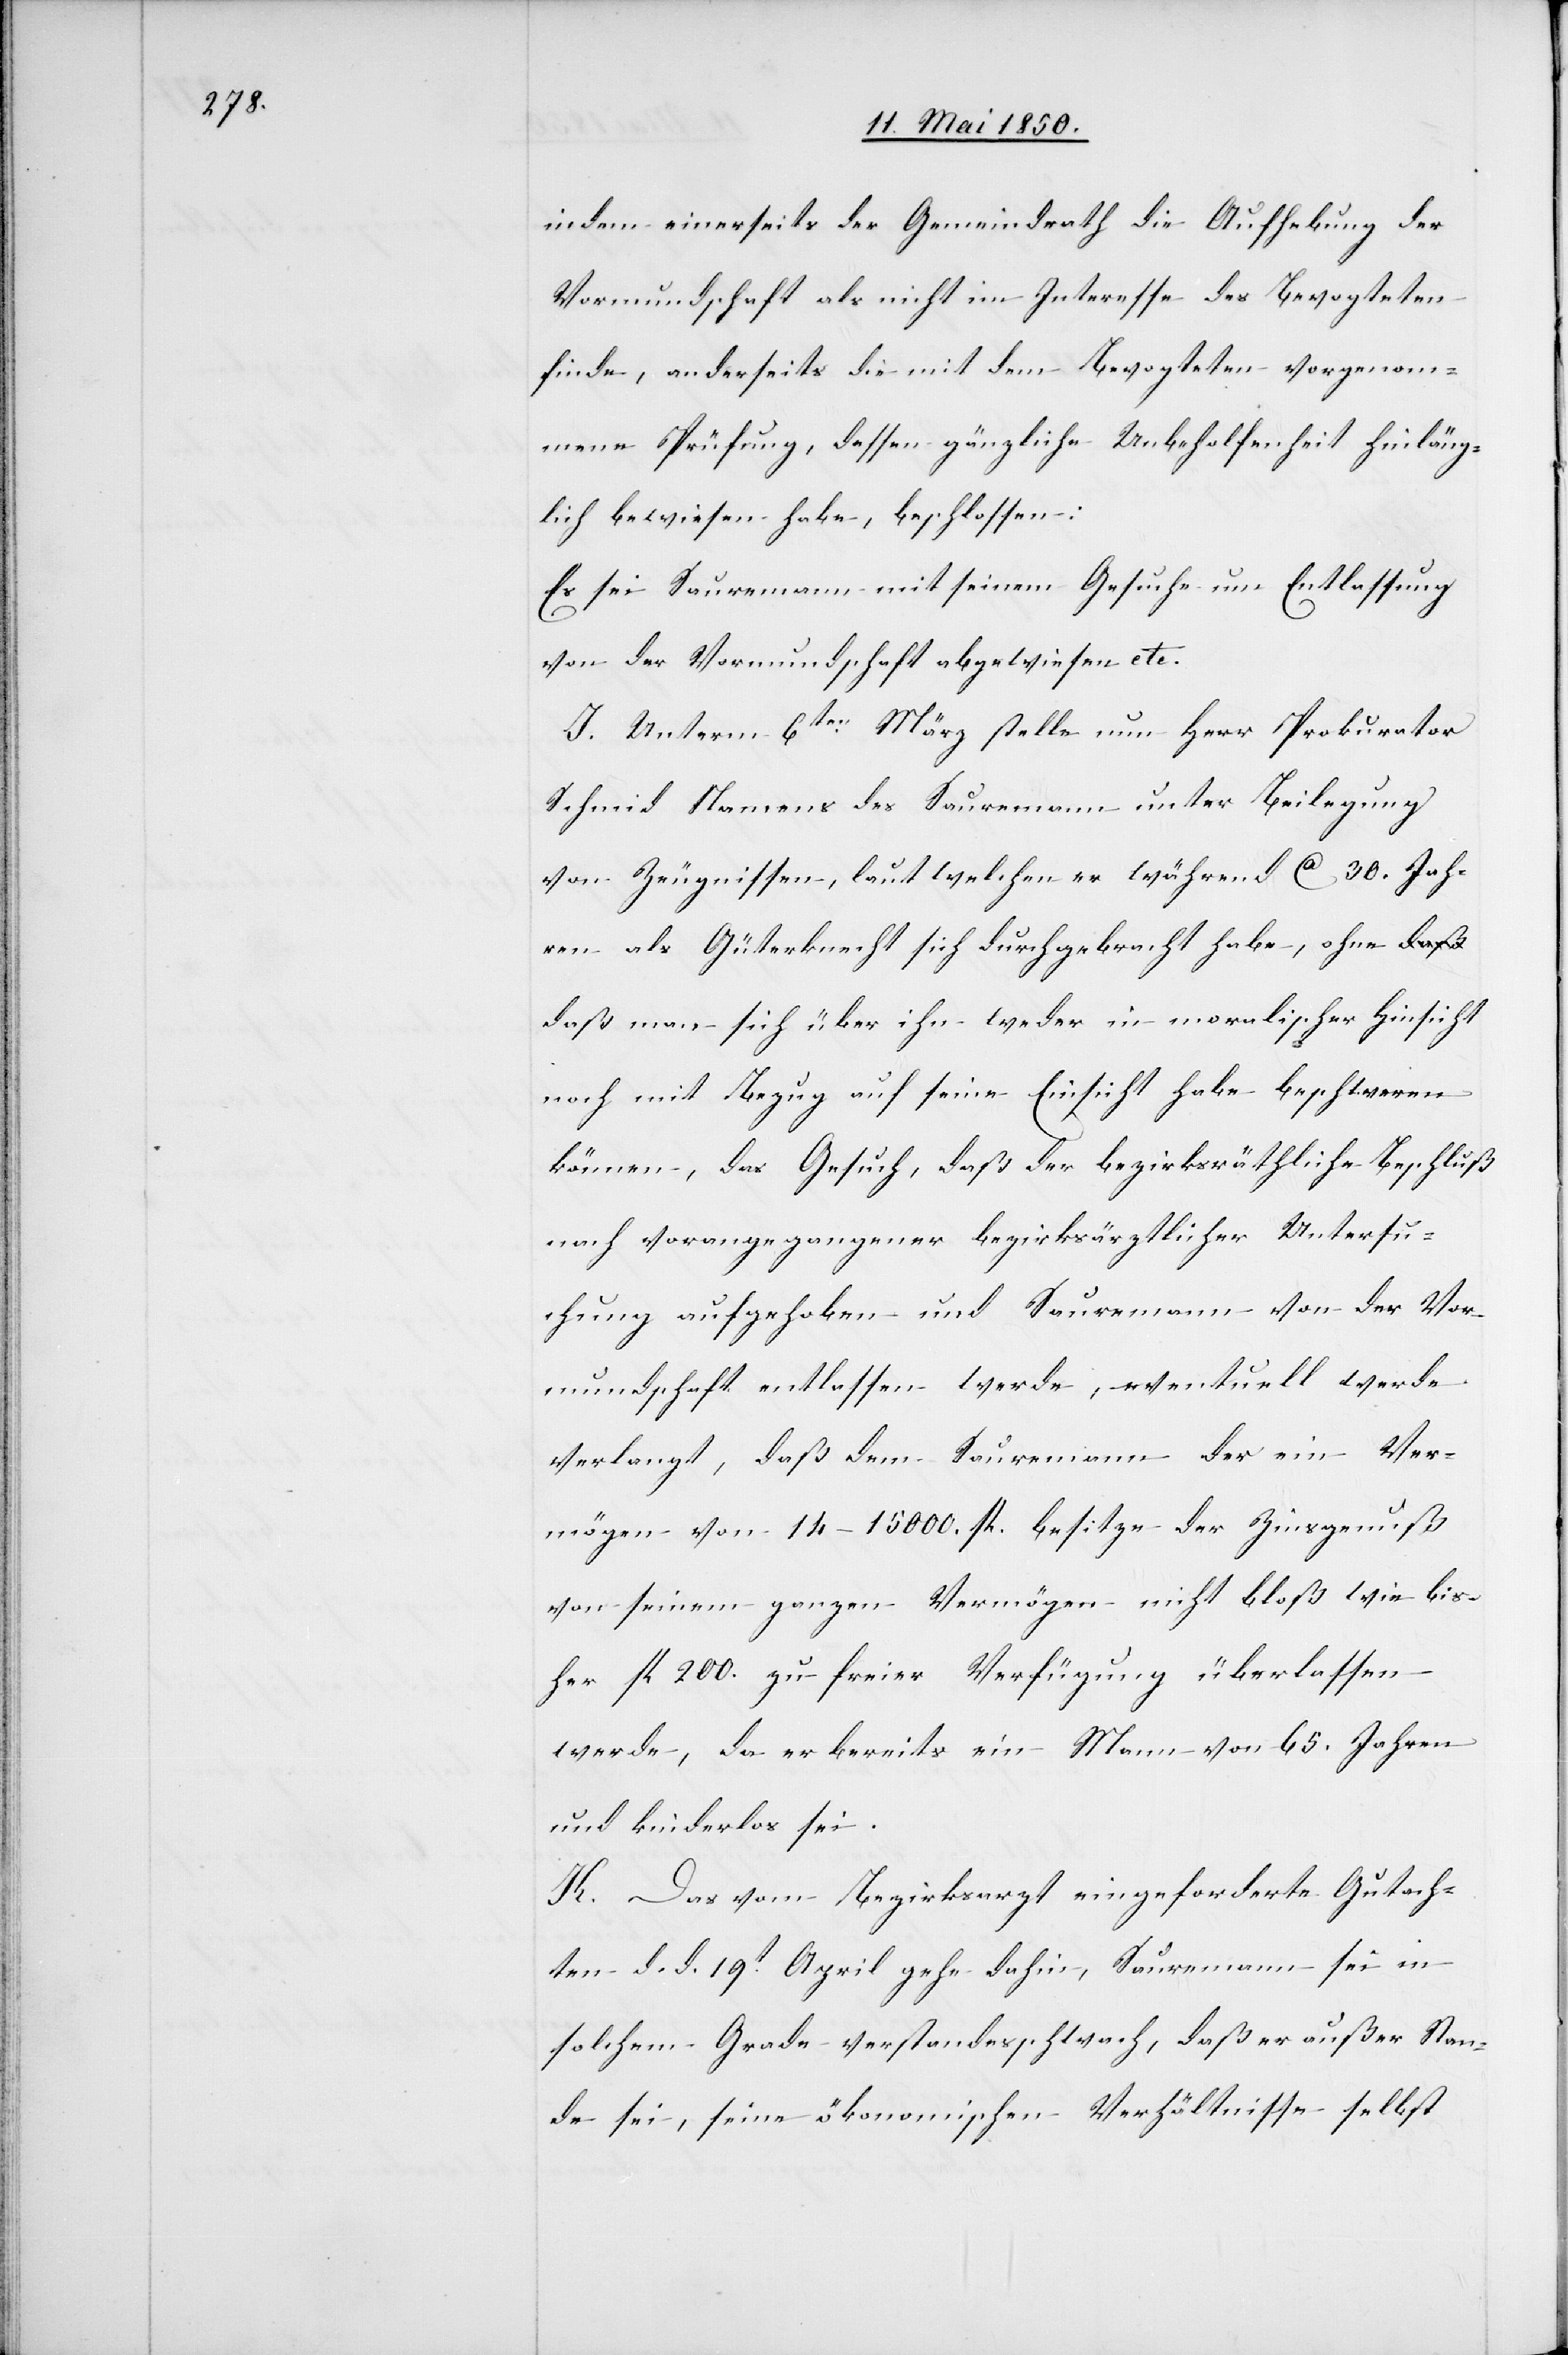
indem einerseits der Gemeindrath die Aufhebung der
Vormundschaft als nicht im Interesse des Bevogteten
finde, anderseits die mit dem Bevogteten vorgenom¬
mene Prüfung, dessen gänzliche Unbeholfenheit hinläng¬
lich bewiesen habe, beschlossen:
Es sei Sauremann mit seinem Gesuche um Entlassung
von der Vormundschaft abgewiesen etc.
I. Unterm 6ten März stelle nun Herr Prokurator
Schmid Namens des Sauremann unter Beilegung
von Zeugnissen, laut welchen er während Ca 30. Jah¬
ren als Güterknecht sich durchgebracht habe, ohne d¬
aß man sich über ihn weder in moralischer Hinsicht
noch mit Bezug auf seine Einsicht habe beschweren
können, das Gesuch, daß der bezirksräthliche Beschluß
nach vorangegangener bezirksärztlicher Untersu¬
chung aufgehoben und Sauremann von der Vor¬
mundschaft entlassen werde, eventuell werde
verlangt, daß dem Sauremann der ein Ver¬
mögen von 14–15000. fl. besitze der Zinsgenuß
von seinem ganzen Vermögen nicht bloß wie bis¬
her fl 200. zu freier Verfügung überlassen
werde, da er bereits ein Mann von 65. Jahren
und kinderlos sei.
K. Das vom Bezirksarzt eingeforderte Gutach¬
ten d. d. 19t April gehe dahin, Sauremann sei in
solchem Grade verstandesschwach, daß er außer Stan¬
de sei, seine ökonomischen Verhältnisse selbst